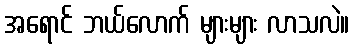
အရောင် ဘယ်လောက် များများ လာသလဲ။